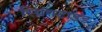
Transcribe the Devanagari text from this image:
स्प्रिंगटाइड